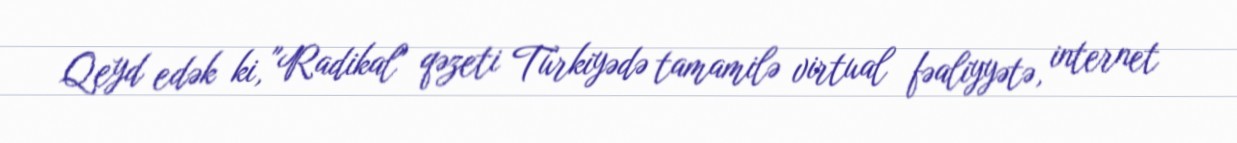
Qeyd edək ki, "Radikal" qəzeti Türkiyədə tamamilə virtual fəaliyyətə, internet